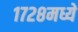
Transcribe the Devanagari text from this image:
१७२८मध्ये